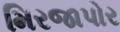
મિરજાપોર